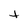
Character: t